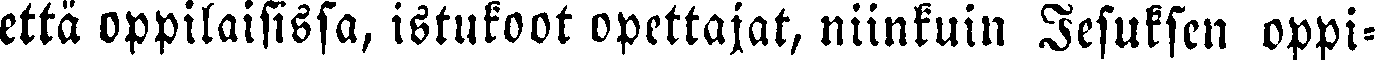
että oppilaisissa, istukoot opettajat, niinkuin Jesuksen oppi-